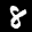
Digit: 8